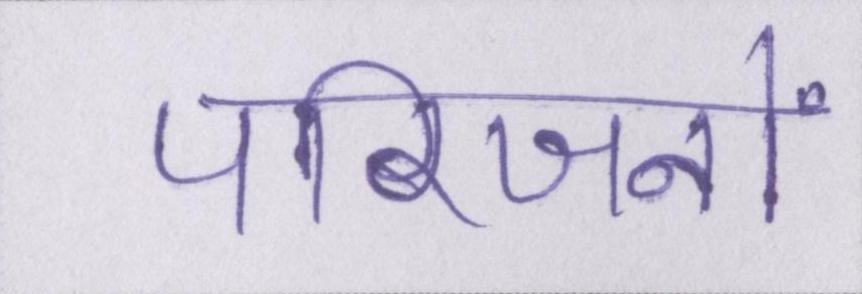
परिजनों